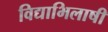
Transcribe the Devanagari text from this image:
विद्याभिलाषी